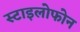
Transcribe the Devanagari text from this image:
स्टाइलोफोन